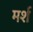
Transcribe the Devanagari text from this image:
मर्श